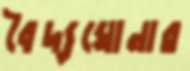
বৈদ্যঘোনার